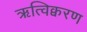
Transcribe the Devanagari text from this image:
ऋत्विक्वरण